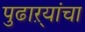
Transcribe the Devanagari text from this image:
पुढाऱ्यांचा